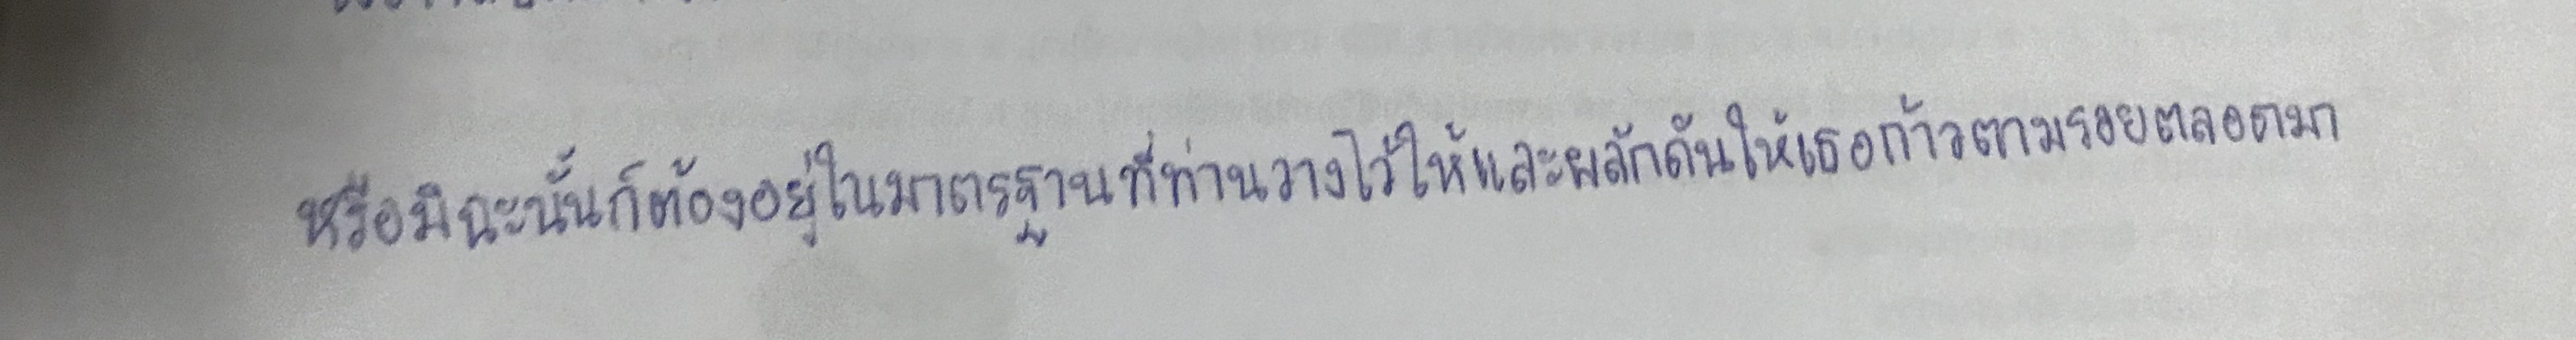
หรือมิฉะนั้นก็ต้องอยู่ในมาตรฐานที่ท่านวางไว้ให้และผลักดันให้เธอก้าวตามรอยตลอดมา